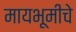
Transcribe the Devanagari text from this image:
मायभूमीचे